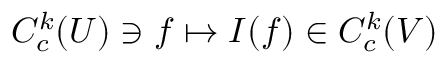
C _ { c } ^ { k } ( U ) \ni f \mapsto I ( f ) \in C _ { c } ^ { k } ( V )